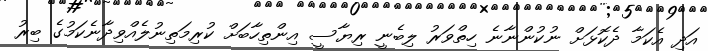
އަދި އެކަމާ ދެކޮޅަށް ނުކުންނާނެ ހިތްވަރު ލިބެނީ ރިޔާސީ އިންތިހާބަށް ކުރިމަތިނުލެއްވިދާނެކަމުގެ ބިރު